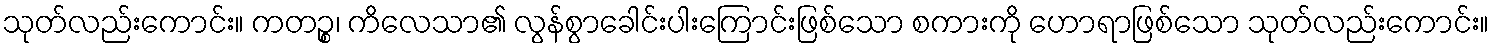
သုတ်လည်းကောင်း။ ကတဉ္စ၊ ကိလေသာ၏ လွန်စွာခေါင်းပါးကြောင်းဖြစ်သော စကားကို ဟောရာဖြစ်သော သုတ်လည်းကောင်း။